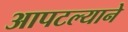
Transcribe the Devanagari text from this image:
आपटल्याने